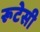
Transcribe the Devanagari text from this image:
रूटेसी